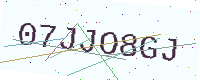
Text: 07JJO8GJ